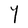
Character: Y